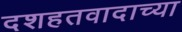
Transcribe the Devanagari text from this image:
दशहतवादाच्या